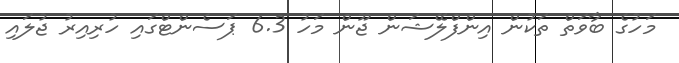
މަހުގެ ބާވަތް ތަކުން އިންފްލޭޝަން ޖޫން މަހު 6.3 ޕަސެންޓްގައި ހުރިއިރު ޖުލައި